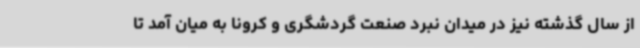
از سال‌ گذشته نیز در میدان نبرد صنعت گردشگری و کرونا به میان آمد تا